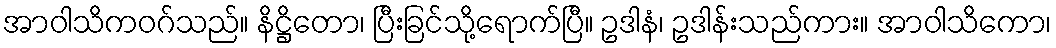
အာဝါသိကဝဂ်သည်။ နိဋ္ဌိတော၊ ပြီးခြင်သို့ရောက်ပြီ။ ဥဒါနံ၊ ဥဒါန်းသည်ကား။ အာဝါသိကော၊